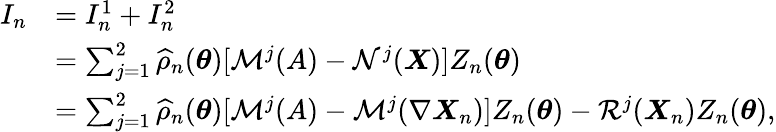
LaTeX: \begin{array}{rl}{I_{n}}&{=I_{n}^{1}+I_{n}^{2}}\\ &{=\sum_{j=1}^{2}\widehat{\rho}_{n}({\boldsymbol{\theta}})[\mathcal{M}^{j}(A)-\mathcal{N}^{j}(\boldsymbol{X})]Z_{n}({\boldsymbol{\theta}})}\\ &{=\sum_{j=1}^{2}\widehat{\rho}_{n}({\boldsymbol{\theta}})[\mathcal{M}^{j}(A)-\mathcal{M}^{j}(\nabla\boldsymbol{X}_{n})]Z_{n}({\boldsymbol{\theta}})-\mathcal{R}^{j}(\boldsymbol{X}_{n})Z_{n}({\boldsymbol{\theta}}),}\end{array}